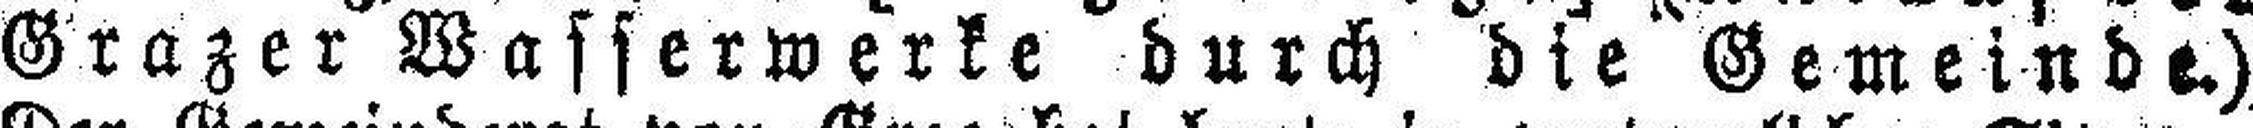
Grazer Wasserwerke durch die Gemeinde.)